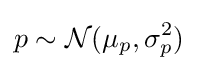
p\sim {\mathcal {N}}(\mu _{p},\sigma _{p}^{2})